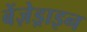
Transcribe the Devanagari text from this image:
बेंज़ेड्राइन